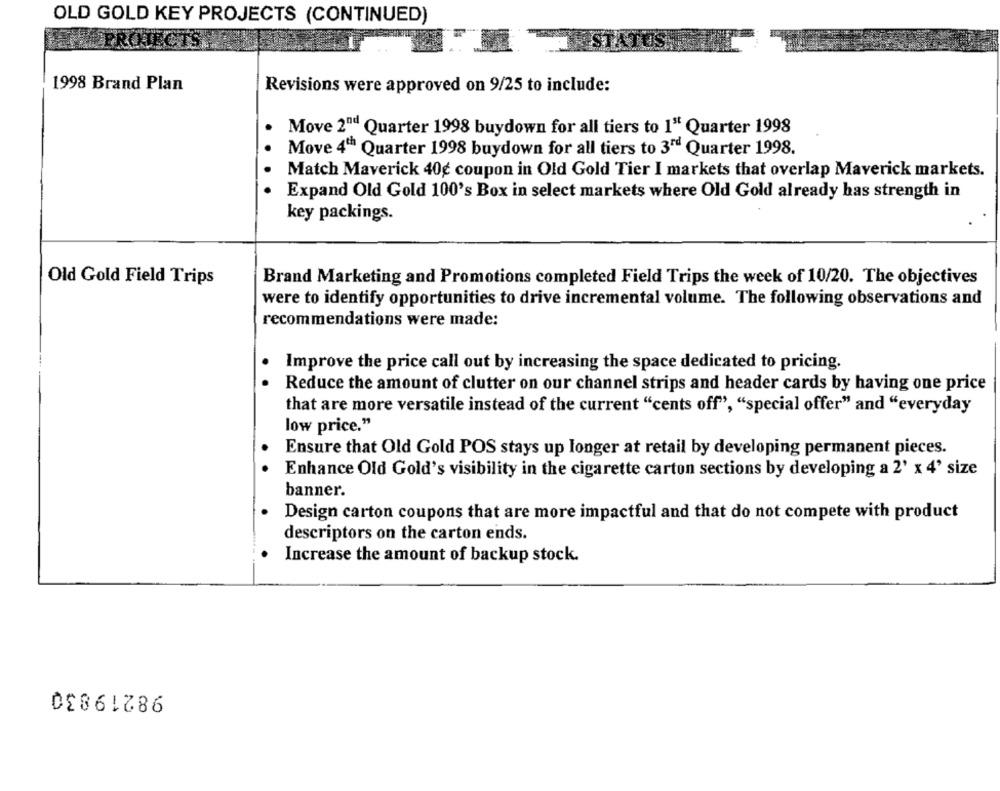
OLD GOLD KEY PROJECTS (CONTINUED)
1998 Brand Plan
Revisions were approved on 9/25 to include:
Move 2nd Quarter 1998 buydown for all tiers to 1" Quarter 1998
. .
Move 4th Quarter 1998 buydown for all tiers to 3" Quarter 1998.
Match Maverick 40g coupon in Old Gold Tier I markets that overlap Maverick markets.
Expand Old Gold 100's Box in select markets where Old Gold already has strength in
key packings.
Old Gold Field Trips
Brand Marketing and Promotions completed Field Trips the week of 10/20. The objectives
were to identify opportunities to drive incremental volume. The following observations and
recommendations were made:
Improve the price call out by increasing the space dedicated to pricing.
Reduce the amount of clutter on our channel strips and header cards by having one price
that are more versatile instead of the current "cents off", "special offer" and "everyday
low price."
Ensure that Old Gold POS stays up longer at retail by developing permanent pieces.
Enhance Old Gold's visibility in the cigarette carton sections by developing a 2' x 4' size
banner.
Design carton coupons that are more impactful and that do not compete with product
descriptors on the carton ends.
. Increase the amount of backup stock.
98219830